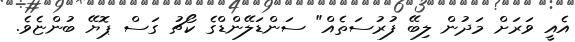
އެއީ ވަރަށް މަދުން ލިބޭ ފުރުސަތެއް" ސަންޑަލޭންޑްގެ ކޯޗު ގަސް ޕޮޔޭ ބުންޏެވެ.